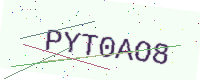
Text: PYT0AO8